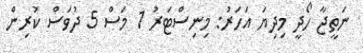
ނަތީޖާ ހޯދީ މިދިޔަ އަހަރު: މިނިސްޓަރު 1 މަސް 5 ދުވަސް ކުރިން